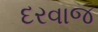
દરવાજ